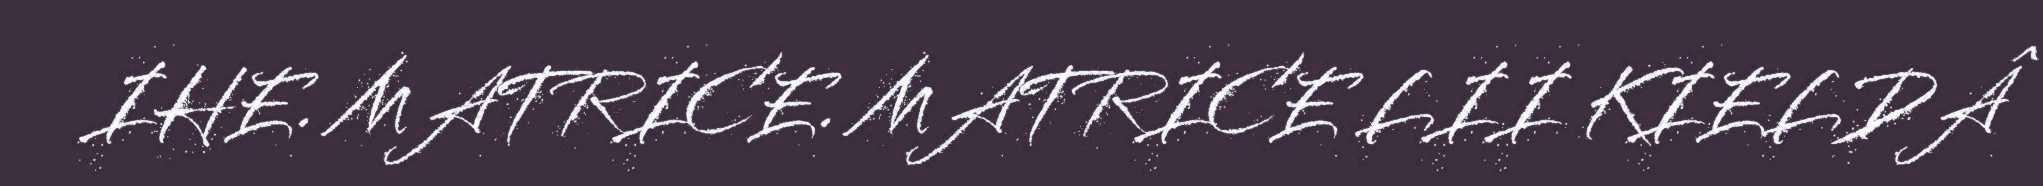
IHE. MATRICE. MATRICE LII KIELDÂ